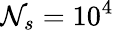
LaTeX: \mathcal{N}_{s}=10^{4}